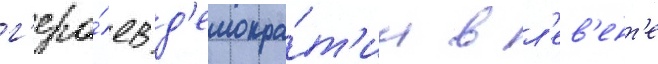
г'еро́ев д'емокра́т'ии в л'ев'ент'е